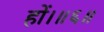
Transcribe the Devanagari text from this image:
हों।॥६॥